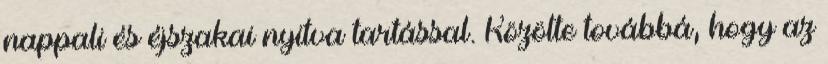
nappali és éjszakai nyitva tartással. Közölte továbbá, hogy az